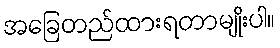
အခြေတည်ထားရတာမျိုးပါ။